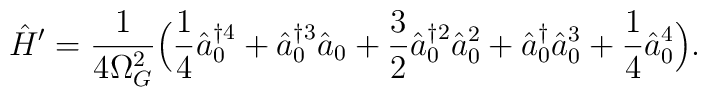
\hat{H}' = \frac{1}{4 \Omega_G^2} \Bigl(\frac{1}{4} \hat{a}^{\dagger 4}_0+ \hat{a}^{\dagger 3}_0 \hat{a}_0 + \frac{3}{2} \hat{a}^{\dagger2}_0 \hat{a}^2_0  + \hat{a}^{\dagger}_0 \hat{a}^3_0+ \frac{1}{4} \hat{a}^4_0 \Bigr).